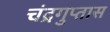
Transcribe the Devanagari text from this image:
चंद्रगुप्तास